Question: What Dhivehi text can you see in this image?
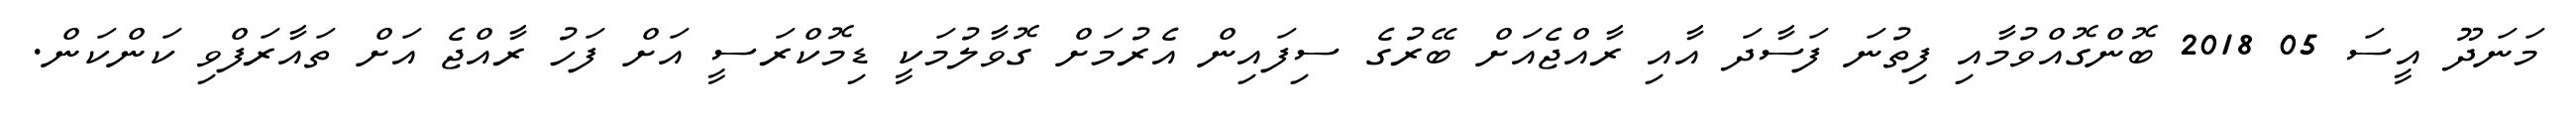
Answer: މަނަދޫ އީސަ 05 2018 ބޮންގޮއްވުމާއި ފިތުނަ ފަސާދަ އާއި ރާއްޖެއަށް ބޭރުގެ ސިފައިން އެރުމަށް ގޮވާލުމަކީ ޑިމޮކްރަސީ އަށް ފަހު ރާއްޖެ އަށް ތައާރަފްވި ކަންކަން.